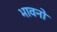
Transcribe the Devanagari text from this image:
भावनो